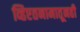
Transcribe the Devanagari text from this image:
व्हिएतनामातूनही